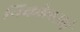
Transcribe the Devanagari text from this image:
निकोलसचे